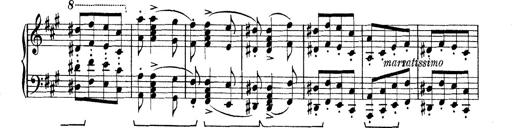
Title: Rapsodie: 19 ungheresi, 1 spagnuola
Composer: Franz Liszt